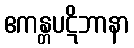
ဧကန္တပဋိဘာနာ